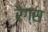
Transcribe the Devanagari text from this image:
रैग्स